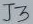
Text: J3